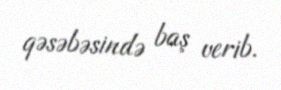
qəsəbəsində baş verib.